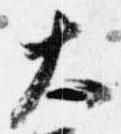
大